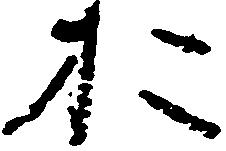
お